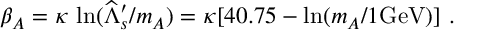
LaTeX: \beta _ { A } = \kappa \, \ln ( \widehat \Lambda _ { s } ^ { \prime } / m _ { A } ) = \kappa [ 4 0 . 7 5 - \ln ( m _ { A } / 1 \mathrm { { G e V } ) ] \ . }